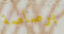
برصاصة